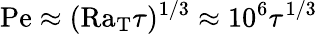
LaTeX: \mathrm{Pe}\approx(\mathrm{Ra_{T}}\tau)^{1/3}\approx 10^{6}\tau^{1/3}